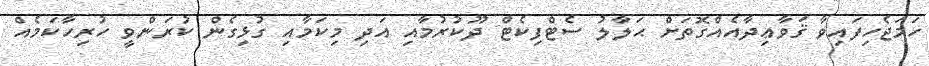
ހަމަޖެހިފައިވާ ޤަވާޢިދާއެއްގޮތަށް ޙަލާލު ސެޓްފިކެޓް ދޫކުރުމާއި އަދި މިކަމާއި ގުޅިގެން ކުރަންވީ ހުރިހާކަމެއް